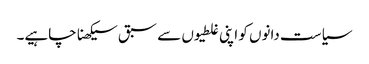
سیاست دانوں کو اپنی غلطیوں سے سبق سیکھنا چاہیے۔